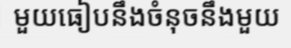
មួយធៀបនឹងចំនុចនឹងមួយ